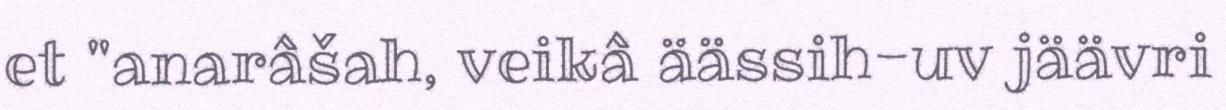
et "anarâšah, veikâ äässih-uv jäävri